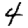
Digit: 4